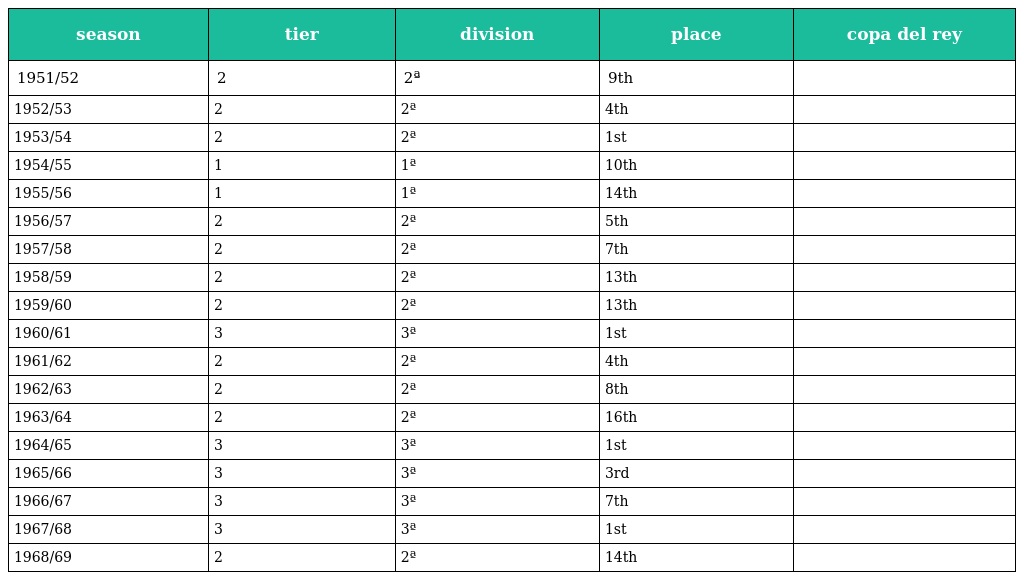
| season | tier | division | place | copa del rey |
 | --- | --- | --- | --- | --- |
 | 1951/52 | 2 | 2ª | 9th |  |
 | 1952/53 | 2 | 2ª | 4th |  |
 | 1953/54 | 2 | 2ª | 1st |  |
 | 1954/55 | 1 | 1ª | 10th |  |
 | 1955/56 | 1 | 1ª | 14th |  |
 | 1956/57 | 2 | 2ª | 5th |  |
 | 1957/58 | 2 | 2ª | 7th |  |
 | 1958/59 | 2 | 2ª | 13th |  |
 | 1959/60 | 2 | 2ª | 13th |  |
 | 1960/61 | 3 | 3ª | 1st |  |
 | 1961/62 | 2 | 2ª | 4th |  |
 | 1962/63 | 2 | 2ª | 8th |  |
 | 1963/64 | 2 | 2ª | 16th |  |
 | 1964/65 | 3 | 3ª | 1st |  |
 | 1965/66 | 3 | 3ª | 3rd |  |
 | 1966/67 | 3 | 3ª | 7th |  |
 | 1967/68 | 3 | 3ª | 1st |  |
 | 1968/69 | 2 | 2ª | 14th |  |